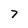
Character: 7